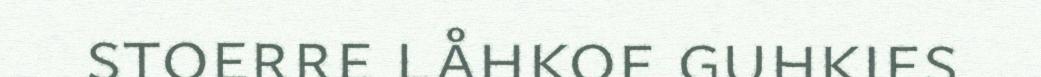
stoerre låhkoe guhkies